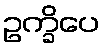
ဥက္ခိပေ